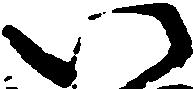
い